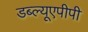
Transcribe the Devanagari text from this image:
डब्ल्यूएपीपी